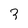
Character: 3